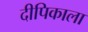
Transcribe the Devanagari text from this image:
दीपिकाला